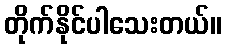
တိုက်နိုင်ပါသေးတယ်။